Civil Veterinary Dept. North-West Frontier Province 1901-22 - 1901-1922
Year: 1901
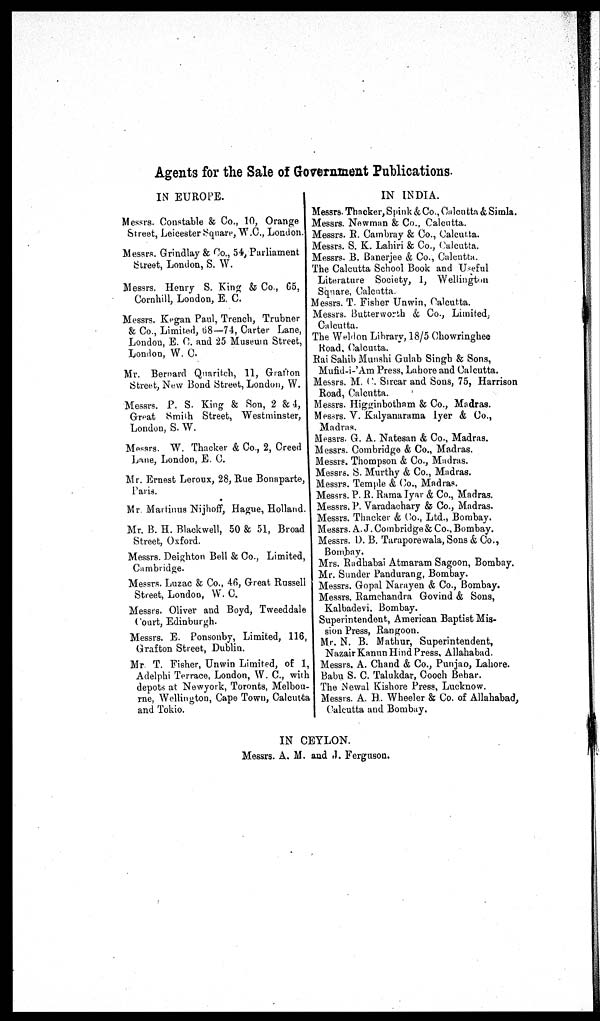
Agents for the Sale of Government Publications.
IN EUROPE.
Messrs. Constable & Co., 10, Orange
Street, Leicester Square, W.C., London
Messrs. Grindlay & Co., 54, Parliament
Street, London, S. W.
Messrs. Henry S. King & Co., 65,
Cornhill, London, E. C.
Messrs. Kegan Paul, Trench, Trubner
& Co., Limited, 68—74, Carter Lane,
London, E. C. and 25 Museum Street,
London, W. C.
Mr. Bernard Quaritch, 11, Gratton
Street, New Bond Street, London, W.
Messrs. P. S. King & Son, 2 & 4,
Great Smith Street, Westminster,
London, S. W.
Messrs. W. Thacker & Co., 2, Creed
Lane, London, E. C.
Mr. Ernest Leroux, 28, Rue Bonaparte,
Paris.
Mr. Martinus Nijhoff, Hague, Holland.
Mr. B. H. Blackwell, 50 & 51, Broad
Street, Oxford.
Messrs. Deighton Bell & Co., Limited,
Cambridge.
Messrs. Luzac & Co., 46, Great Russell
Street, London, W. C.
Messrs. Oliver and Boyd, Tweeddale
Court, Edinburgh.
Messrs. E. Ponsonby, Limited, 116,
Grafton Street, Dublin.
Mr T. Fisher, Unwin Limited, of 1,
Adelphi Terrace, London, W. C., with
depots at Newyork, Toronts, Melbou-
rne, Wellington, Cape Town, Calcutta
and Tokio.
IN INDIA.
Messrs. Thacker, Spink & Co., Calcutta & Simla.
Messrs. Newman & Co., Calcutta.
Messrs. R. Cambray & Co., Calcutta.
Messrs. S. K. Lahiri & Co., Calcutta.
Messrs. B. Banerjee & Co., Calcutta.
The Calcutta School Book and Useful
Literature Society, 1, Wellington
Square, Calcutta.
Messrs. T. Fisher Unwin, Calcutta.
Messrs. Butterworth & Co., Limited,
Calcutta.
The Weldon Library, 18/5 Chowringhee
Road, Calcutta.
Rai Sahib Munshi Gulab Singh & Sons,
Mufid-i-'Am Press, Lahore and Calcutta.
Messrs. M. C. Sircar and Sons, 75, Harrison
Road, Calcutta.
Messrs. Higginbotham & Co., Madras.
Messrs. V. Kalyanarama Iyer & Co.,
Madras.
Messrs. G. A. Natesan & Co., Madras.
Messrs. Combridge & Co., Madras.
Messrs. Thompson & Co., Madras.
Messrs. S. Murthy & Co., Madras.
Messrs. Temple & Co., Madras.
Messrs. P. R. Rama Iyar & Co., Madras.
Messrs. P. Varadachary & Co., Madras.
Messrs. Thacker & Co., Ltd., Bombay.
Messrs. A. J. Combridge & Co., Bombay.
Messrs. D. B. Taraporewala, Sons & Co.,
Bombay.
Mrs. Radhabai Atmaram Sagoon, Bombay.
Mr. Sunder Pandurang, Bombay.
Messrs. Gopal Narayen & Co., Bombay.
Messrs. Ramchandra Govind & Sons,
Kalbadevi Bombay.
Superintendent, American Baptist Mis-
sion Press, Rangoon.
Mr. N. B. Mathur, Superintendent,
Nazair Kanun Hind Press, Allahabad.
Messrs. A. Chand & Co., Punjab, Lahore.
Babu S. C. Talukdar, Cooch Behar.
The Newal Kishore Press, Lucknow.
Messrs. A. H. Wheeler & Co. of Allahabad,
Calcutta and Bombay.